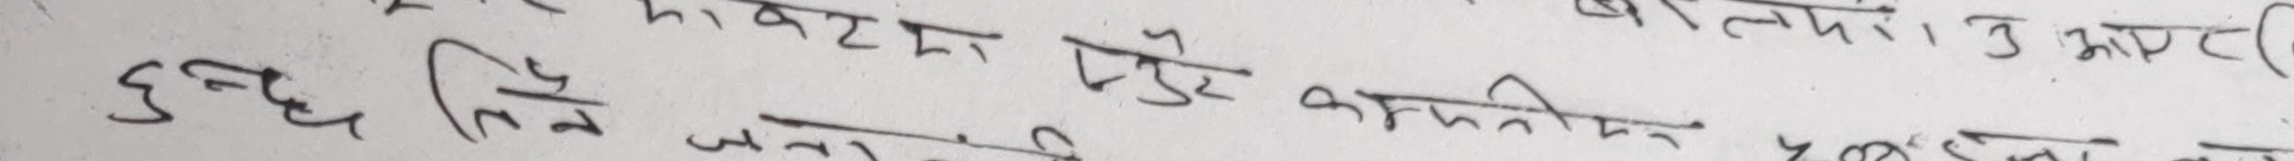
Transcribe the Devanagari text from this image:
उल्टिएर दुई कम्पनीका तीन जनाको मृत्यु